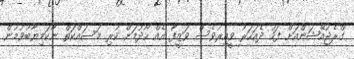
ގްރެޖުއޭޝަންއަށް ފަހު ދެއަހަރު ވީއިރުވެސް ވަޒީފާ އެއް ހޯދުމަށް ކުރި މަސައްކަތް ނާކަމިޔާބުވުމުން